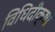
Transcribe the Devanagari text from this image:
विधिदीक्षा